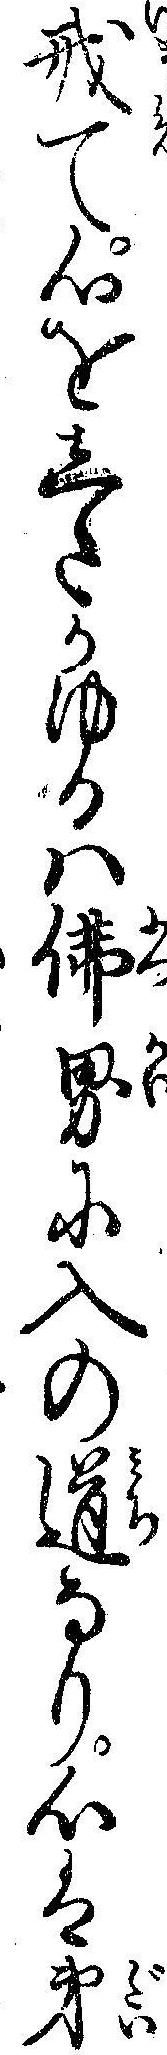
戒て心をしたかゆるハ仏界に入の道なり心は第